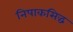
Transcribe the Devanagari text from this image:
निषाकसिद्ध